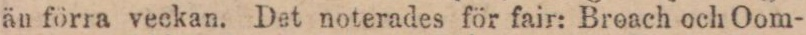
än förra veckan. Det noterades för fair: Broach och Oom-